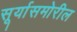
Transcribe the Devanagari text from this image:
सूर्यासमोरील